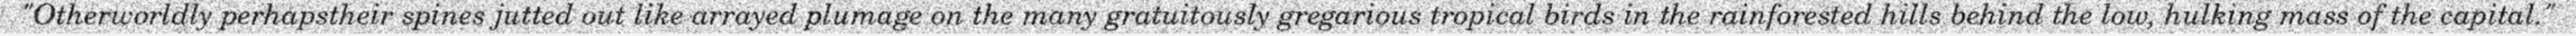
"Otherworldly perhapstheir spines jutted out like arrayed plumage on the many gratuitously gregarious tropical birds in the rainforested hills behind the low, hulking mass of the capital."